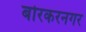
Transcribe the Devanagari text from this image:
बोरकरनगर